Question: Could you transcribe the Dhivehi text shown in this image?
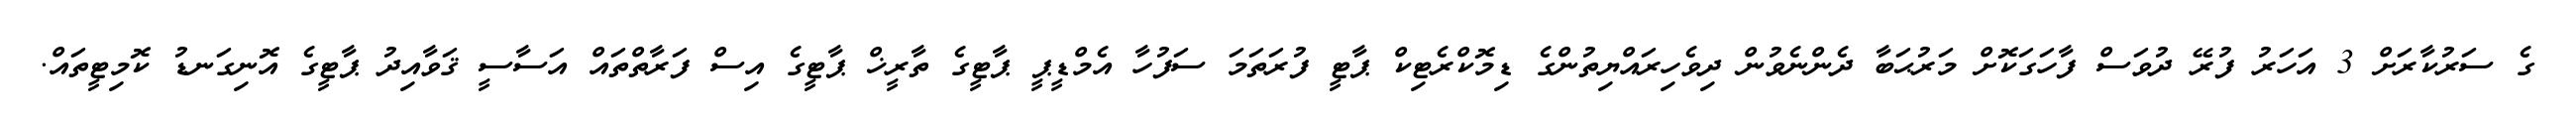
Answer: ގެ ސަރުކާރަށް 3 އަހަރު ފުރޭ ދުވަސް ފާހަގަކޮށް މަރުޙަބާ ދެންނެވުން ދިވެހިރައްޔިތުންގެ ޑިމޮކްރެޓިކް ޕާޓީ ފުރަތަމަ ސަފުހާ އެމްޑީޕީ ޕާޓީގެ ތާރީޚް ޕާޓީގެ އިސް ފަރާތްތައް އަސާސީ ޤަވާއިދު ޕާޓީގެ އޮނިގަނޑު ކޮމިޓީތައް.